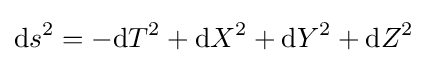
\mathrm {d} s^{2}=-\mathrm {d} T^{2}+\mathrm {d} X^{2}+\mathrm {d} Y^{2}+\mathrm {d} Z^{2}